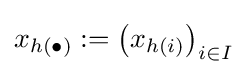
x_{h(\bullet )}:=\left(x_{h(i)}\right)_{i\in I}